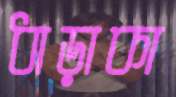
ধাড়াকা